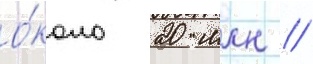
о́коло 20 млн //